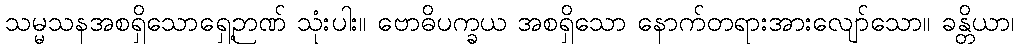
သမ္မသနအစရှိသောရှေ့ဉာဏ် သုံးပါး။ ဗောဓိပက္ခယ အစရှိသော နောက်တရားအားလျော်သော။ ခန္တိယာ၊